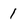
Character: 1